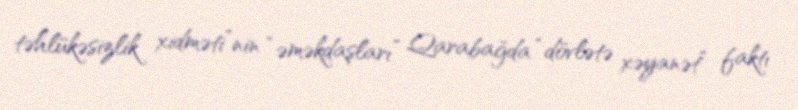
təhlükəsizlik xidməti”nin “əməkdaşları” Qarabağda “dövlətə xəyanət” faktı